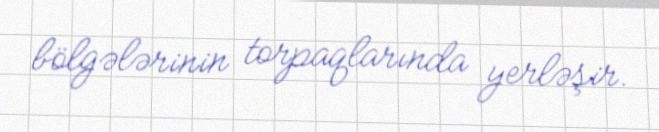
bölgələrinin torpaqlarında yerləşir.